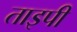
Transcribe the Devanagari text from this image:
ताइपी